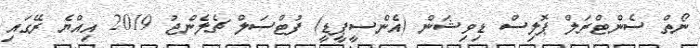
ނޯތް ސެންޓްރަލް ޕޮލިސް ޑިވިޝަން (އެންސީޕީޑީ) ފުޓްސަލް ޗެލެންްޖު 2019 އިއްޔެ ރޭގައި